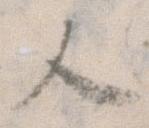
人